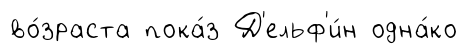
во́зраста пока́з Д'ельф'и́н одна́ко